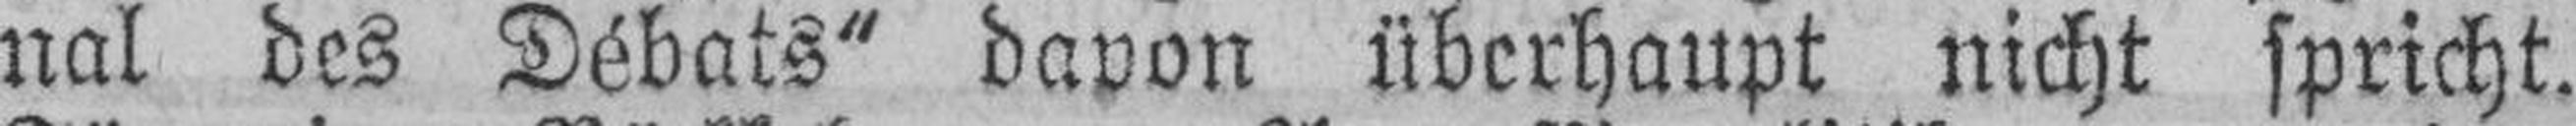
nal des Débats“ davon überhaupt nicht spricht.